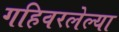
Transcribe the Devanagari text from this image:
गहिवरलेल्या